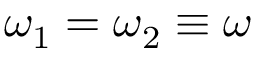
\omega _ { 1 } = \omega _ { 2 } \equiv \omega